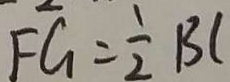
F G = \frac { 1 } { 2 } B C